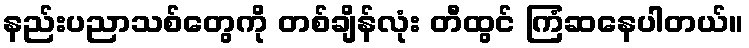
နည်းပညာသစ်တွေကို တစ်ချိန်လုံး တီထွင် ကြံဆနေပါတယ်။